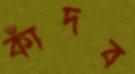
কাঁদব